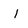
Character: l